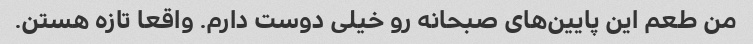
من طعم این پایین‌های صبحانه رو خیلی دوست دارم. واقعا تازه هستن.